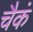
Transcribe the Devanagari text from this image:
चैकं